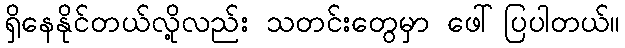
ရှိနေနိုင်တယ်လို့လည်း သတင်းတွေမှာ ဖေါ်ပြပါတယ်။